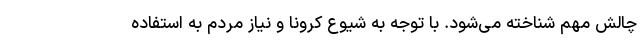
چالش مهم شناخته می‌شود. با توجه به شیوع کرونا و نیاز مردم به استفاده